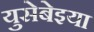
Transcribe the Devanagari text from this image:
युसेबेइया